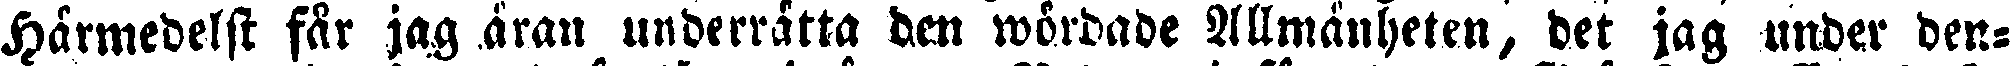
Härmedelst får jag äran underrätta den wördade Allmänheten, det jag under den-